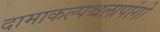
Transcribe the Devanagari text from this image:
दामाकल्पश्चलापांगो